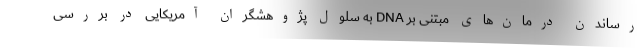
رساندن درمان‌های مبتنی بر DNA به سلول پژوهشگران آمریکایی در بررسی